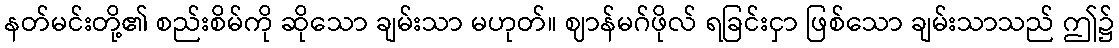
နတ်မင်းတို့၏ စည်းစိမ်ကို ဆိုသော ချမ်းသာ မဟုတ်။ ဈာန်မဂ်ဖိုလ် ရခြင်းငှာ ဖြစ်သော ချမ်းသာသည် ဤ၌